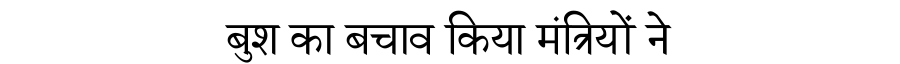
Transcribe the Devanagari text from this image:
बुश का बचाव किया मंत्रियों ने